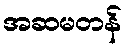
အဆမတန်